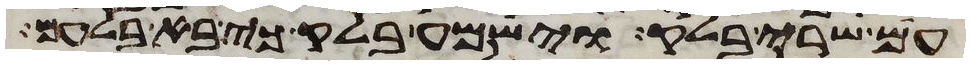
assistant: עם שרי בלק וישמע בלק כי בא בלעם